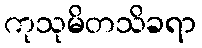
ကုသုမိတသိခရာ